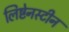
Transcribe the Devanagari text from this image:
लिष्टेनस्टीन